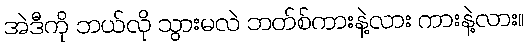
အဲဒီကို ဘယ်လို သွားမလဲ ဘတ်စ်ကားနဲ့လား ကားနဲ့လား။